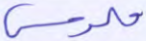
ملموس